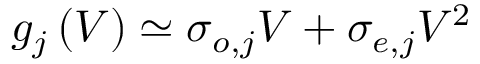
g _ { j } \left( V \right) \simeq \sigma _ { o , j } V + \sigma _ { e , j } V ^ { 2 }